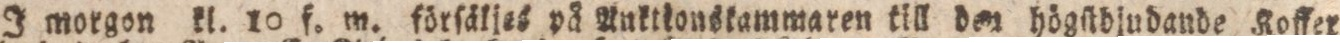
I morgon kl. 10 f. m. förſäljes på Anktkonskammaren till der högſtbjudande Koffer=